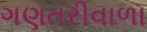
ગણતરીવાળા